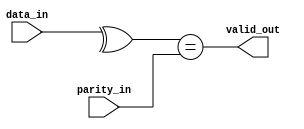
//============================================================================//
//                                                                            //
//      Parameterize Parity Checker                                           //
//                                                                            //
//      Module name: parity_checker                                           //
//      Desc: parity checker, checks a single bit parity for a specified      //
//            input data width                                                //
//      Developer: Wesley New                                                 //
//      Licence: GNU General Public License ver 3                             //
//      Notes:                                                                //
//                                                                            //
//============================================================================//

module parity_checker #(
      //=============
      // Parameters
      //=============
      parameter DATA_WIDTH  = 32,
      parameter PARITY_TYPE = 0   // 0 - Even Parity, 1 - Odd Parity
   ) (
      //==============
      // Input Ports
      //==============
      input  [DATA_WIDTH-1:0] data_in,
      input                   parity_in,

      //===============
      // Input Ports
      //===============
      output reg              valid_out
   );

   always @(*) begin
      valid_out = PARITY_TYPE ? !(^data_in[DATA_WIDTH-1:0] == parity_in) : (^data_in[DATA_WIDTH-1:0] == parity_in);
   end

endmodule